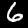
Digit: 6